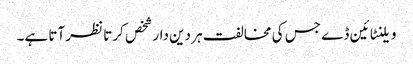
ویلنٹائین ڈے جس کی مخالفت ہر دین دار شخص کرتا نظر آتا ہے۔